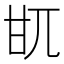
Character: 𤮿